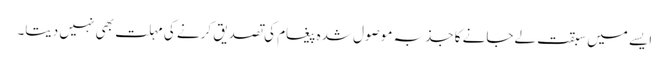
ایسے میں سبقت لےجانے کا جذبہ موصول شدہ پیغام کی تصدیق کرنے کی مہلت بھی نہیں دیتا۔